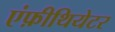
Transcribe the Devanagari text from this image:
एंफ़ीथियेटर